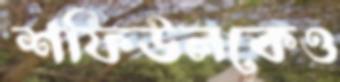
শফিউলকেও